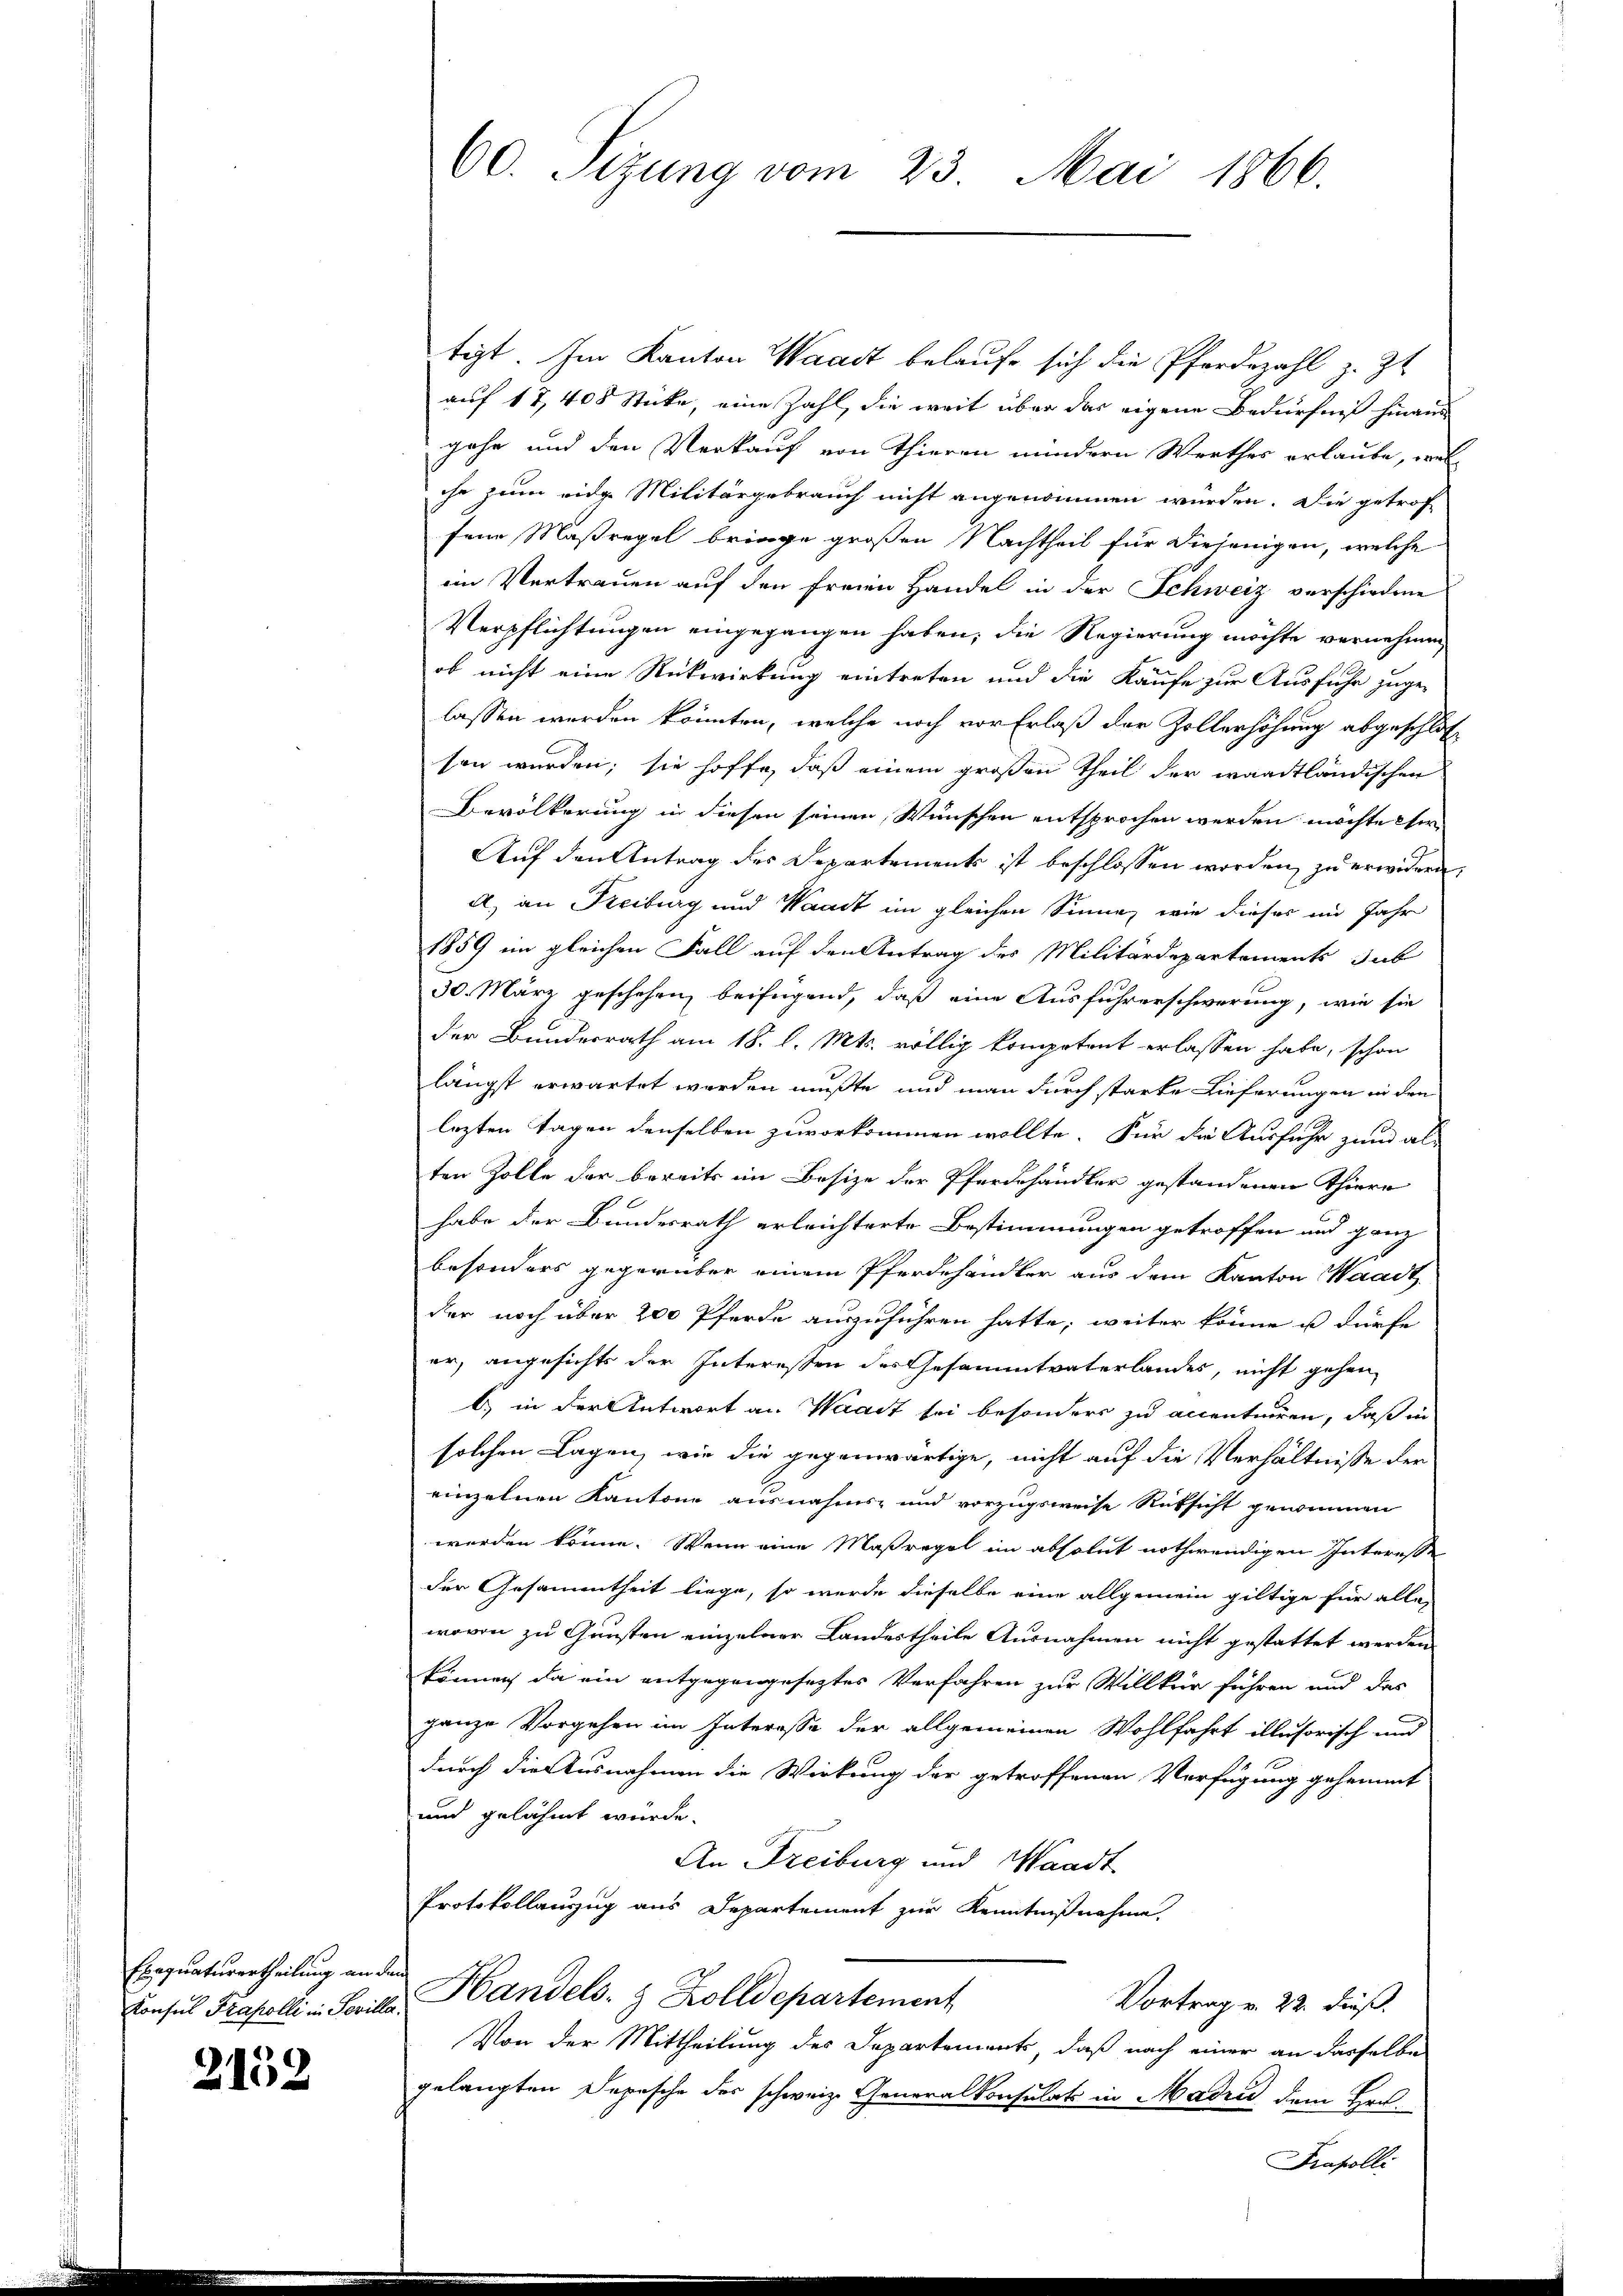
Exequaturertheilung an de
Konsul Frakolli in Ferille

2152

60. Sizung vom 23. Mai 1866.

tizt. Im Kanton Waadt belaufe sich die Pferdezahl z. Zt.
auf 17, 408 Sticke, eine Zahl, die weit über das eigene Bedürfniß hinaus
jahr und den Verkauf von Thieren mindern Werthes erlaube, wel
che zum eide Militärgebrauch nicht angenommen wurden. Die getrof
fene Maßregel bringe großen Nachtheil für diejenigen, welche
im Vertrauen auf den freien Handel in der Schweiz verschiedene
Verpflichtungen eingegangen haben, die Regierung möchte vernehmen,
ob nicht eine Rückwirkung eintreten und die Kaufe zur Ausfuhr zuge-
lassen werden könnten, welche noch vor Erlaß der Zollerhöhung abgeschlos
sen werden; sie hoffe, daß einem großen Theil der waadtländischen
Bevölkerung in diesen seinen Wünschen entsprochen werden möchte her
Auf den Antrag des Departements ist beschlossen worden, zu erwidern,
a) an Freiburg und Waadt im gleichen Sinne, wie dieser im Jahr
1859 im gleichen Fall auf den Antrag des Militärdepartements sub
30. März geschehen, beifügend, daß eine Ausführerschwerung, wie sie
der Bundesrath am 18. l. Mts. völlig kompetent erlassen habe, schon
längst erwartet werden mußte, und man durch starke Lieferungen in den
lezten Tagen denselben zuvorkommen wollte. Für die Ausfuhr zum als
ten Zolle der bereits im Besize der Pferdehändler gestandenen Thiere
habe der Bundesrath erleichterte Bestimmungen getroffen und ganz
besonders gegenüber einem Pferdehändler aus dem Kanton Waadt
der noch über 200 Pferde auszuführen hatte; weiter könne u dürfe
or, angesichts der Interessen des Gesammtvaterlandes, nicht gehen,
l) in der Antwort an Waadt sei besonders zu accentuiren, daß in
solchen Lagen, wie die gegenwärtige, nicht auf die Verhältnisse der
einzelnen Kantone ausnahms- und vorzugsweise Rüksicht genommen
werden könne. Wenn eine Maßregel im absolut nothwendigen Interesse
der Gesammtheit liege, so wurde dieselbe eine allgemein giltige für alle
wovon zu Gunsten einzelner Landestheile Ausnahmen nicht gestattet werden
können, da ein entgegengesetztes Verfahren zur Willkür führen und das
ganze Vorgehen im Interesse der allgemeinen Wohlfahrt illusorisch und
durch die Ausnahmen die Wirkung der getroffenen Verfügung gehemmt
und gelähmt würde.
An Freiburg und Waadt
Protokollauszug aus Departement zur Kenntnißnahme.
n
 Handels- & Zolldepartement
Vortrag v. 22. dieß.
Von der Mittheilung des Departements, daß nach einer an dasselbe
gelangten Depesche der schweiz. Generalkonsulats in Madrid dem Hrn.
Prafolli